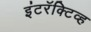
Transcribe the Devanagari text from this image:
इंटरॅक्टिव्ह